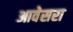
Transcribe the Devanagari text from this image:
आवेसरा